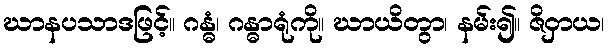
ဃာနပသာဒဖြင့်။ ဂန္ဓံ၊ ဂန္ဓာရုံကို။ ဃာယိတွာ၊ နမ်း၍။ ဇိဝှာယ၊